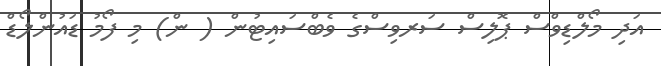
އަދި މޯލްޑިވްސް ޕޮލިސް ސަރވިސްގެ ވެބްސައިޓުން ( ން) މި ފޯމު ޑައުންލޯޑް